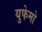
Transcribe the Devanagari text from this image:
युफेमो